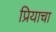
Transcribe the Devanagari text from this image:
प्रियाचा